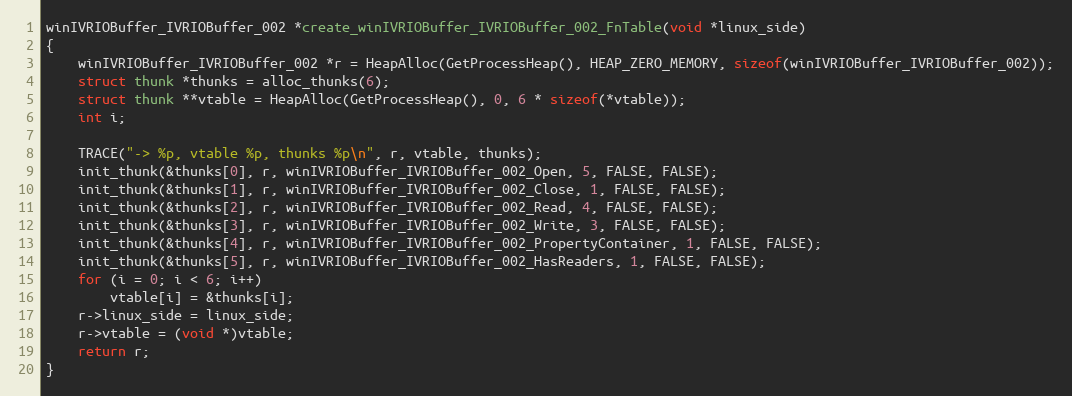
Language: C
winIVRIOBuffer_IVRIOBuffer_002 *create_winIVRIOBuffer_IVRIOBuffer_002_FnTable(void *linux_side)
{
    winIVRIOBuffer_IVRIOBuffer_002 *r = HeapAlloc(GetProcessHeap(), HEAP_ZERO_MEMORY, sizeof(winIVRIOBuffer_IVRIOBuffer_002));
    struct thunk *thunks = alloc_thunks(6);
    struct thunk **vtable = HeapAlloc(GetProcessHeap(), 0, 6 * sizeof(*vtable));
    int i;

    TRACE("-> %p, vtable %p, thunks %p\n", r, vtable, thunks);
    init_thunk(&thunks[0], r, winIVRIOBuffer_IVRIOBuffer_002_Open, 5, FALSE, FALSE);
    init_thunk(&thunks[1], r, winIVRIOBuffer_IVRIOBuffer_002_Close, 1, FALSE, FALSE);
    init_thunk(&thunks[2], r, winIVRIOBuffer_IVRIOBuffer_002_Read, 4, FALSE, FALSE);
    init_thunk(&thunks[3], r, winIVRIOBuffer_IVRIOBuffer_002_Write, 3, FALSE, FALSE);
    init_thunk(&thunks[4], r, winIVRIOBuffer_IVRIOBuffer_002_PropertyContainer, 1, FALSE, FALSE);
    init_thunk(&thunks[5], r, winIVRIOBuffer_IVRIOBuffer_002_HasReaders, 1, FALSE, FALSE);
    for (i = 0; i < 6; i++)
        vtable[i] = &thunks[i];
    r->linux_side = linux_side;
    r->vtable = (void *)vtable;
    return r;
}